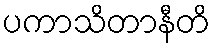
ပကာသိတာနီတိ